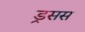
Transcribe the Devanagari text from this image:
ड्रसस